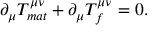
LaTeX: \partial _ { \mu } T _ { m a t } ^ { \mu \nu } + \partial _ { \mu } T _ { f } ^ { \mu \nu } = 0 .